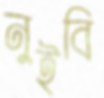
নুইবি